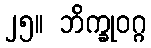
၂၅။ ဘိက္ခုဝဂ္ဂ